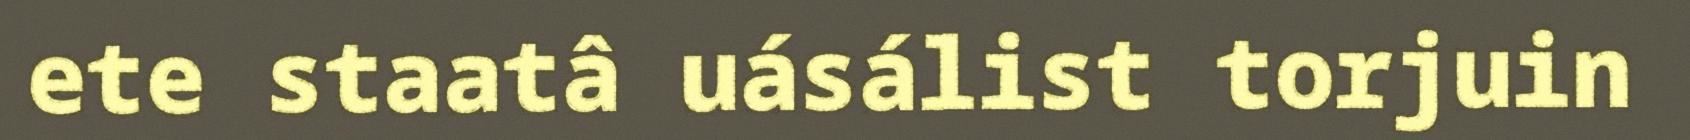
ete staatâ uásálist torjuin